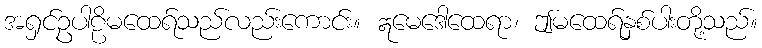
အရှင်ဥပါဠိမထေရ်သည်လည်းကောင်း။ ဣမေဒေါထေရာ၊ ဤမထေရ်နှစ်ပါးတို့သည်။